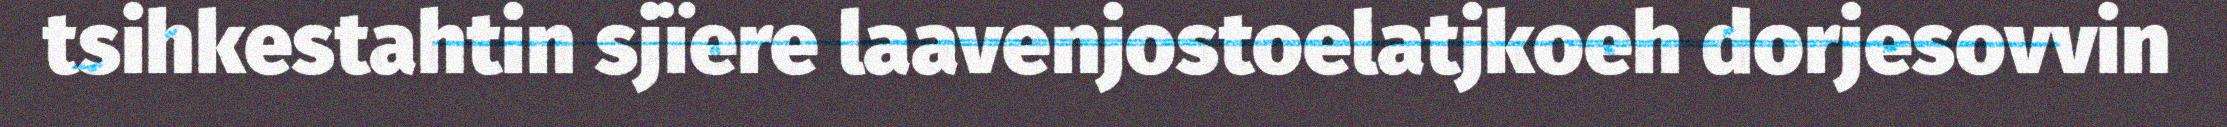
tsihkestahtin sjïere laavenjostoelatjkoeh dorjesovvin